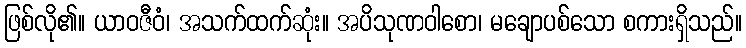
ဖြစ်လို၏။ ယာဝဇီဝံ၊ အသက်ထက်ဆုံး။ အပိသုဏဝါစော၊ မချောပစ်သော စကားရှိသည်။